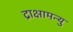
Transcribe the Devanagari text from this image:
द्राक्षामन्यु